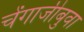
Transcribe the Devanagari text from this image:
चेंगाजीबुवा